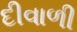
દીવાળી